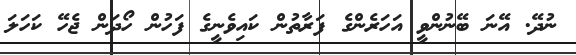
ނުދޭ. އޭނަ ބޭނުންވީ އަހަރެންގެ ފަރާތުން ކައިވެނީގެ ފަހުން ހޯދަން ޖެހޭ ކަހަލަ